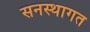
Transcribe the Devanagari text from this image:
सनस्थागत